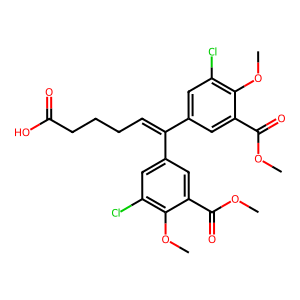
SMILES: COC(=O)c1cc(C(=CCCCC(=O)O)c2cc(Cl)c(OC)c(C(=O)OC)c2)cc(Cl)c1OC
Inhibits HIV replication: No